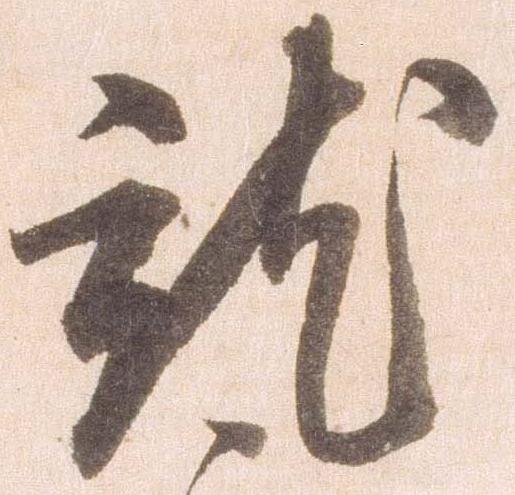
就